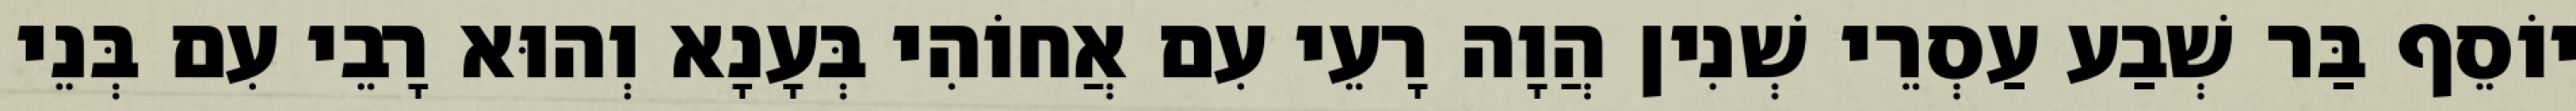
יוֹסֵף בַּר שְׁבַע עַסְרֵי שְׁנִין הֲוָה רָעֵי עִם אֲחוֹהִי בְּעָנָא וְהוּא רָבֵי עִם בְּנֵי